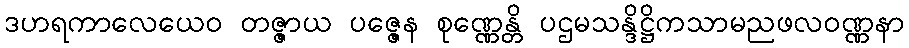
ဒဟရကာလေယေဝ တဇ္ဇာယ ပဇ္ဇေန စုဏ္ဏေန္တိ ပဌမသန္ဒိဋ္ဌိကသာမညဖလဝဏ္ဏနာ